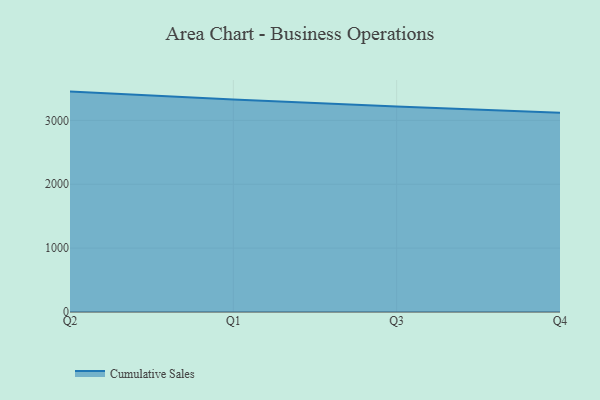
{"axis": {"x": "Quarter", "y": "Active Users"}, "legend": ["Cumulative Sales"], "data": [{"x": "Q2", "y": 3451.4, "type": "Cumulative Sales"}, {"x": "Q1", "y": 3327.5, "type": "Cumulative Sales"}, {"x": "Q3", "y": 3216.8, "type": "Cumulative Sales"}, {"x": "Q4", "y": 3119.4, "type": "Cumulative Sales"}]}